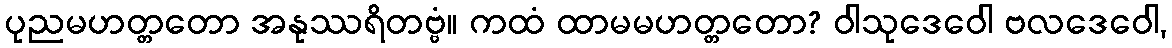
ပုညမဟတ္တတော အနုဿရိတဗ္ဗံ။ ကထံ ထာမမဟတ္တတော? ဝါသုဒေဝေါ ဗလဒေဝေါ,